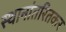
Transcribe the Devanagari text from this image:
स्थानांतरितकर